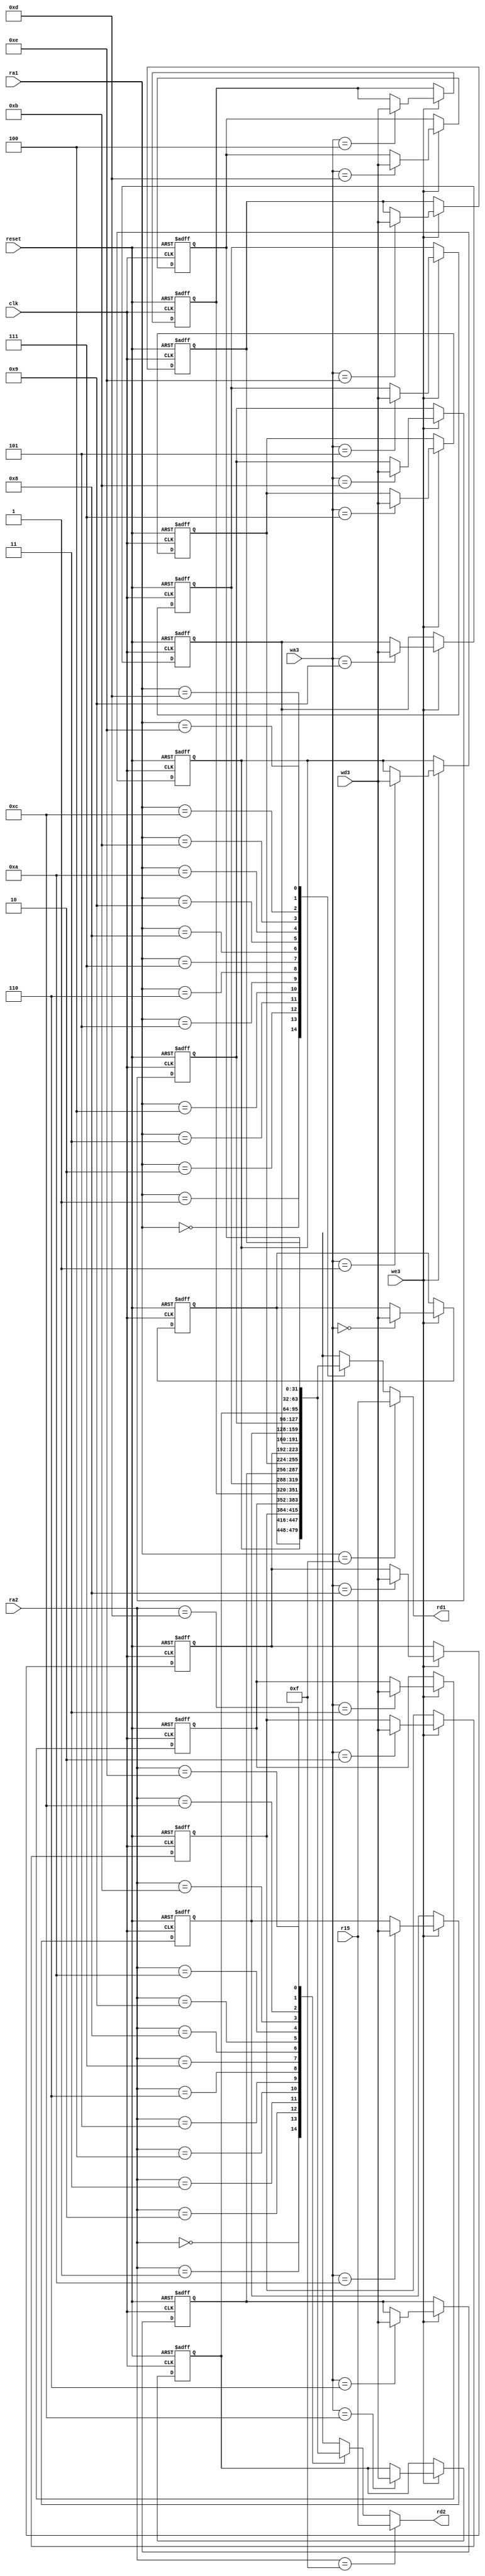
module regs(input clk, reset, 
            input we3, 
            input  [3:0] ra1, ra2, wa3, 
            input  [31:0] wd3, r15,
            output [31:0] rd1, rd2);

reg [31:0] rf[14:0];
integer i;

// three ported register file
// read two ports combinationally
// write third port on rising edge of clock
// register 15 reads PC+8 instead

always @(posedge clk, posedge reset)
  if (reset)   
    begin
      for(i = 0; i < 15; i=i+1) 
        begin
          rf[i] = 0;
        end
    end
  else if (we3) rf[wa3] <= wd3;	

assign rd1 = (ra1 == 4'b1111) ? r15 : rf[ra1];
assign rd2 = (ra2 == 4'b1111) ? r15 : rf[ra2];

endmodule